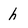
Character: h